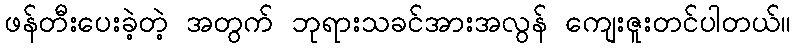
ဖန်တီးပေးခဲ့တဲ့ အတွက် ဘုရားသခင်အားအလွန် ကျေးဇူးတင်ပါတယ်။